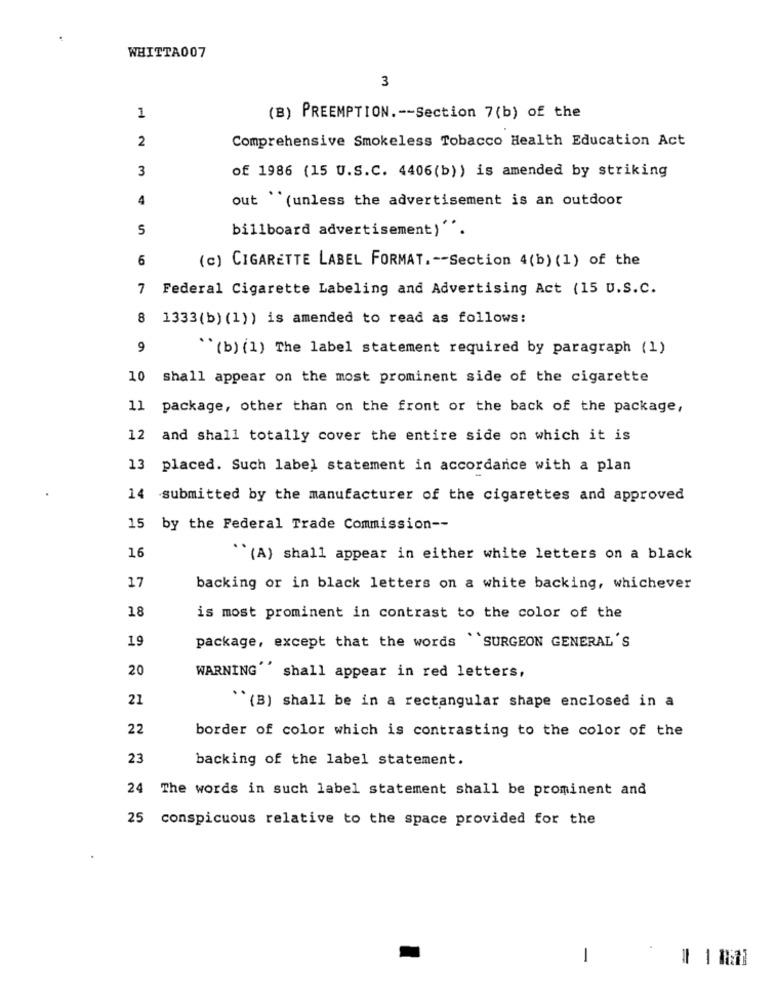
WHITTA007
3
1
(B) PREEMPTION .-- Section 7(b) of the
2
Comprehensive Smokeless Tobacco Health Education Act
3
of 1986 (15 U.S.C. 4406(b)) is amended by striking
4
out (unless the advertisement is an outdoor
billboard advertisement)''.
6
(c) CIGARETTE LABEL FORMAT .-- Section 4(b) (1) of the
7
Federal Cigarette Labeling and Advertising Act (15 U.S.C.
1333(b) (1)) is amended to read as follows:
9
"(b) (1) The label statement required by paragraph (1)
10 shall appear on the most prominent side of the cigarette
11
package, other than on the front or the back of the package,
12
and shall totally cover the entire side on which it is
13
placed. Such label statement in accordance with a plan
14 submitted by the manufacturer of the cigarettes and approved
15 by the Federal Trade Commission --
16
``(A) shall appear in either white letters on a black
17
backing or in black letters on a white backing, whichever
18
is most prominent in contrast to the color of the
19
package, except that the words "SURGEON GENERAL'S
20
WARNING shall appear in red letters,
21
"(B) shall be in a rectangular shape enclosed in a
22
border of color which is contrasting to the color of the
23
backing of the label statement.
24
The words in such label statement shall be prominent and
25 conspicuous relative to the space provided for the
1
-